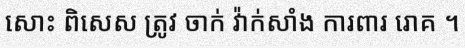
សោះ ពិសេស ត្រូវ ចាក់ វ៉ាក់សាំង ការពារ រោគ ។